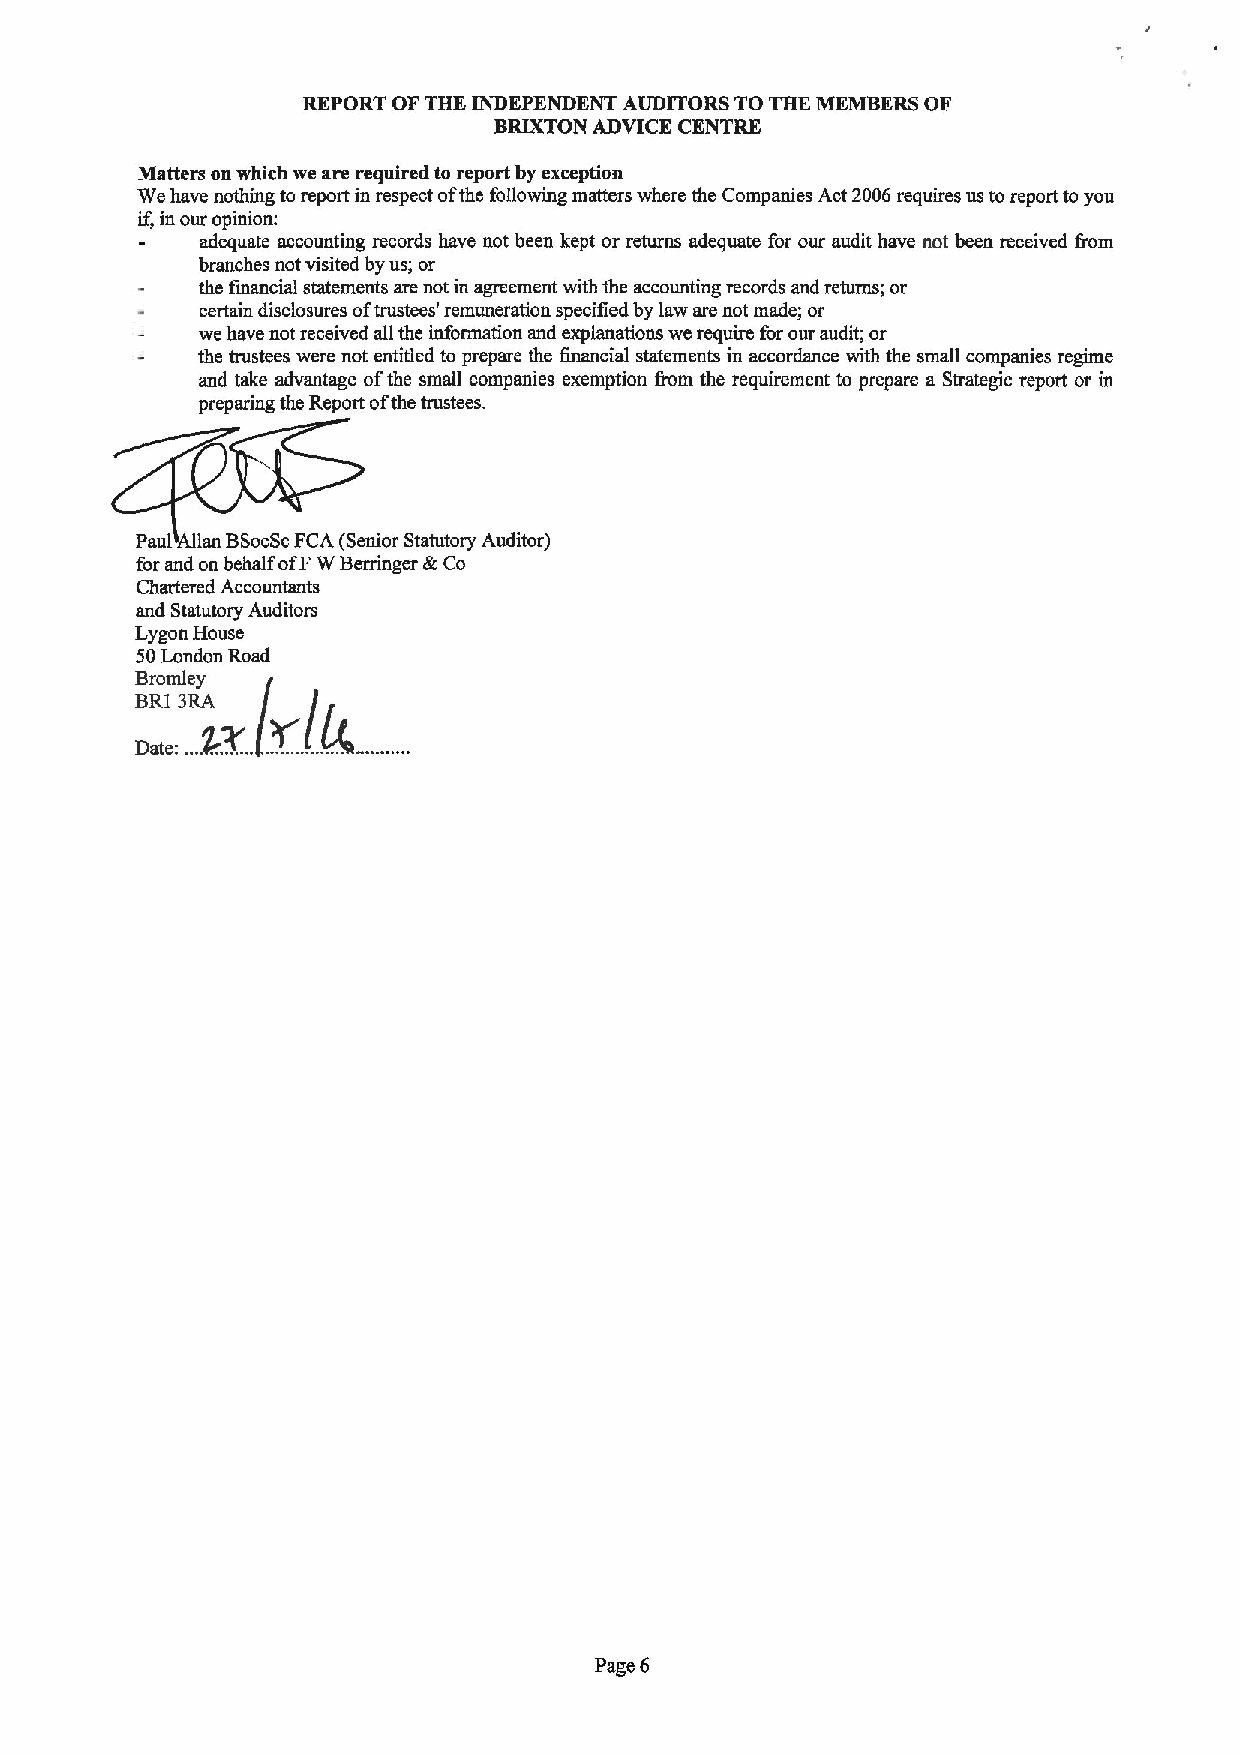
REPORT OF THE INDEPENDENT AUDITORS TO THE MEMBERS OF
 BRIXTON ADVICE CENTRE
 Matters on which we are required to report by exception
 We have nothing to report in respect ofthe following matters where the Companies Act 2006 requires us to report to you
 if,in our opinion:
 adequate accounting records have not been kept or returns adequate for our audit have not been received from
 branches not visited by us; or
 the financial statements are not in agreement with the accounting records snd returns; or
 certain disclosures oftrustees' remuneration specified by law are not made; or
 we have not received all the information and explanations we require for our audit; or
 the trustees were not entitled to prepare the financial statements in accordance with the small companies regime
 and take advantage ofthe small companies exemption fiom the requirement to prepare a Strategic report or in
 preparing the Report ofthe trustees.
 Paul Allan BSocScFCA (Senior Statutory Auditor)
 for and on behalf ofFWBemnger &Co
 Chartered Accountants
 and Statutory Auditors
 Lygon House
 50London Road
 Bromley
 BR13RA
 Date:
 ...X'3.
 Page 6